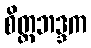
စိတ္တဘဒ္ဒက